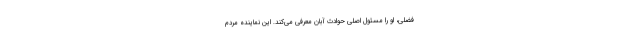
‌فضلی، او را مسئول اصلی حوادث آبان معرفی می‌کند. این نماینده مردم